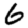
Digit: 6